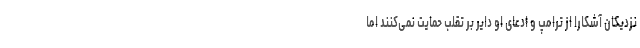
نزدیکان آشکارا از ترامپ و ادعای او دایر بر تقلب حمایت نمی‌کنند اما